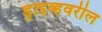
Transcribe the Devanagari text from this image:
ड्राइव्हवरील